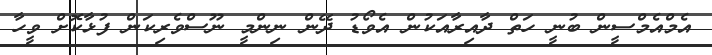
އެމްއެމްސީން ބުނީ ހަތް ދާއިރާއަކުން އެވޯޑު ދޭން ނިންމީ ނޫސްވެރިކަން ފުޅާކޮށް ވީހާ